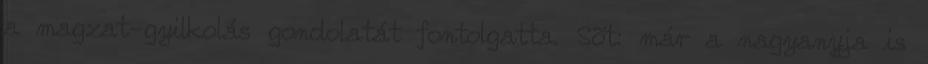
a magzat-gyilkolás gondolatát fontolgatta. Sõt: már a nagyanyja is